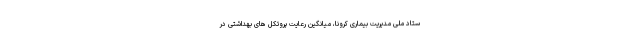
ستاد ملی مدیریت بیماری کرونا، میانگین رعایت پروتکل های بهداشتی در